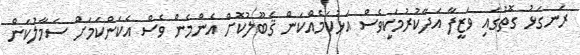
ރަނގަޅު ގޮތުގައި ވަޒީފާ އަދާކުރުމަކީވެސް އަޅުކަމެއްކަން ޤަބޫލުކޮށް އެންމެން ވެސް އެކަންކަމަށް ސަމާލުކަން